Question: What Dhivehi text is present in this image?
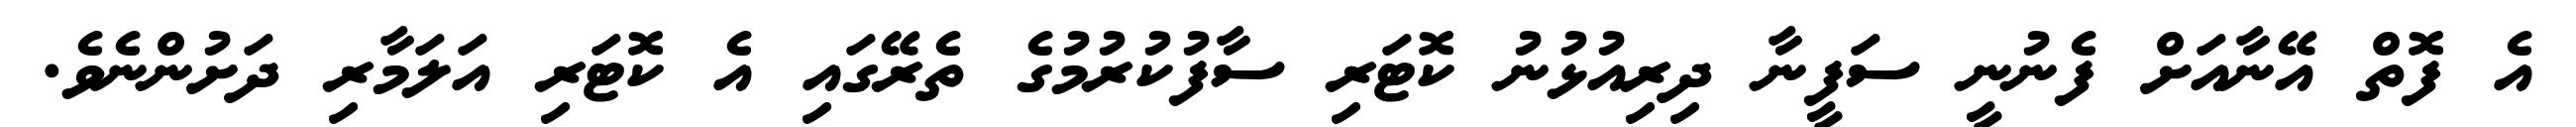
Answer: އެ ފޮތް އޭނާއަށް ފެނުނީ ސަފީނާ ދިރިއުޅުނު ކޮޓަރި ސާފުކުރުމުގެ ތެރޭގައި އެ ކޮޓަރި އަލަމާރި ދަށުންނެވެ.